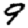
Digit: 9